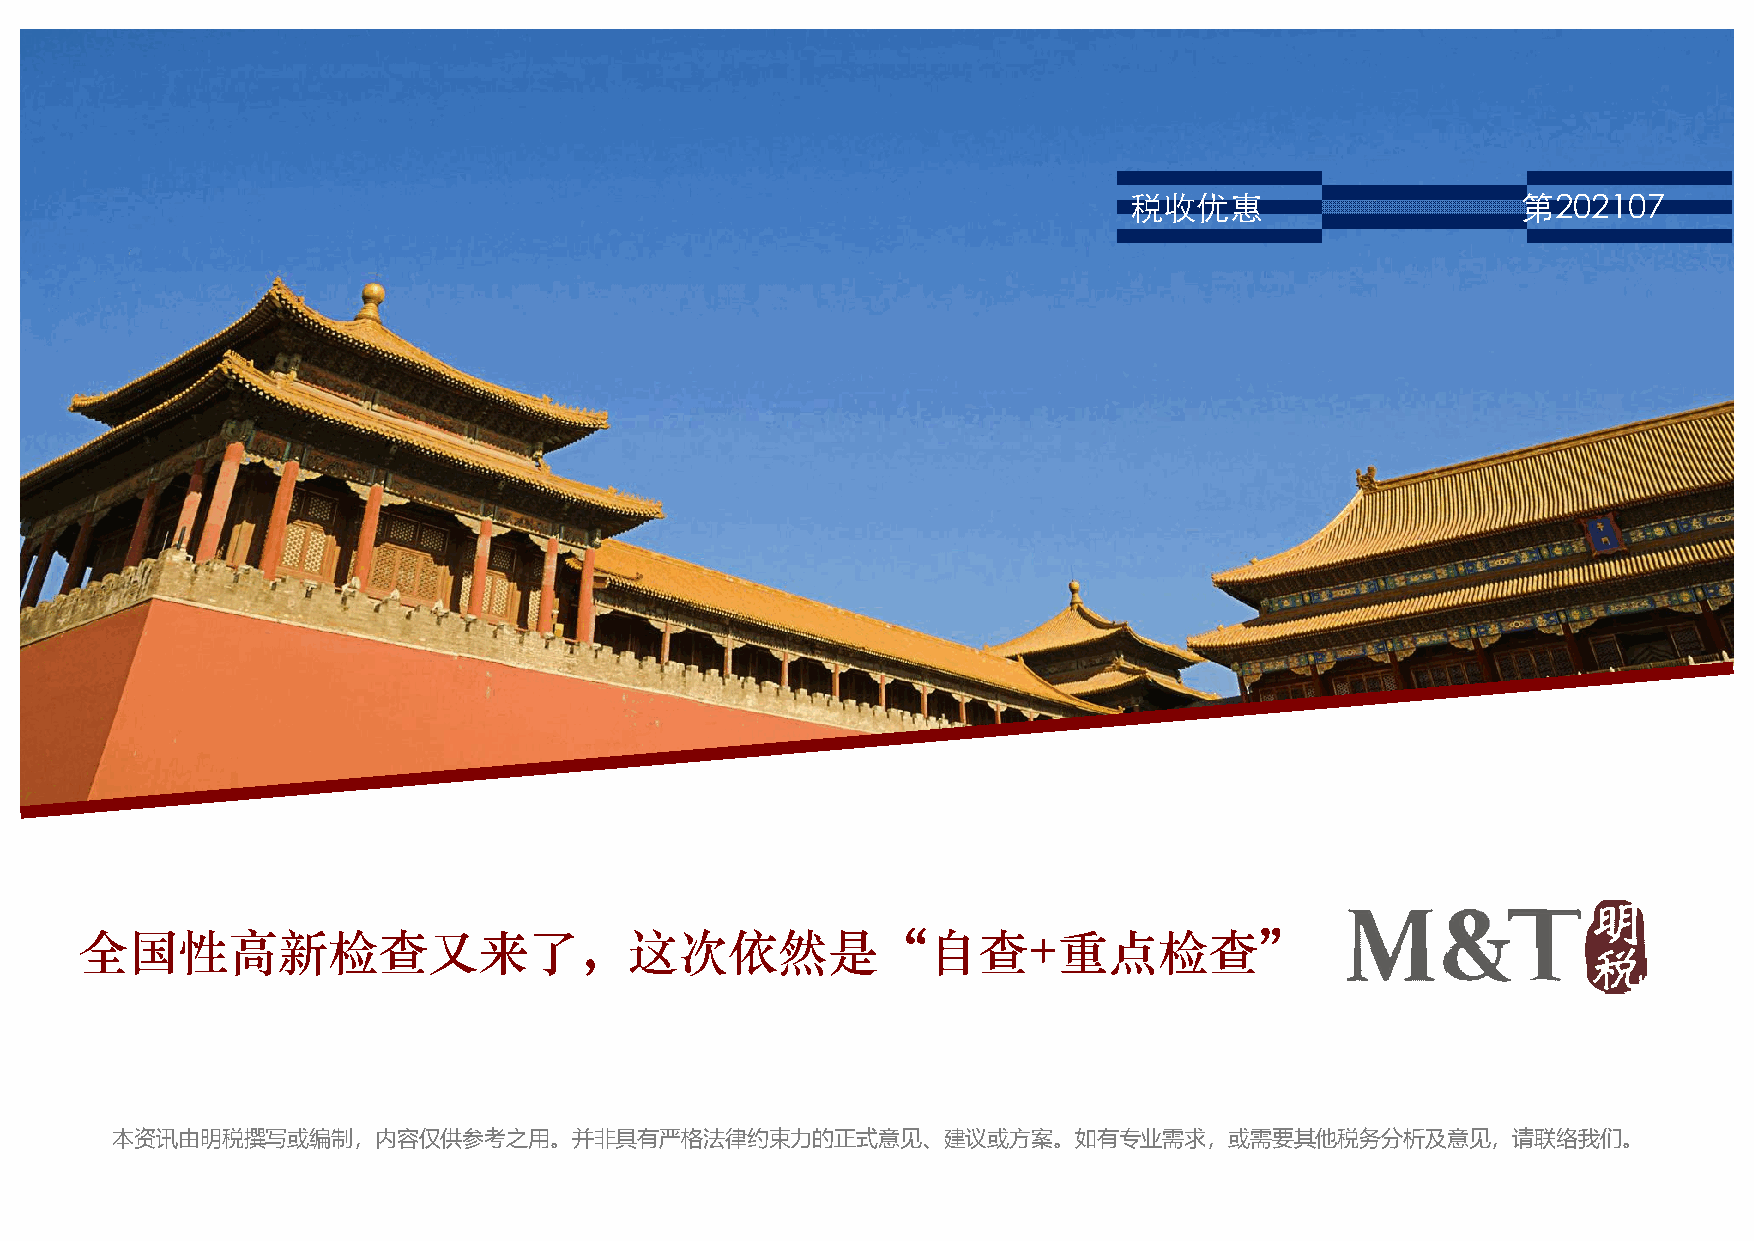
税收优惠                      第202107
 全国性高新检查又来了，这次依然是“自查+重点检查”
 本资讯由明税撰写或编制，内容仅供参考之用。并非具有严格法律约束力的正式意见、建议或方案。如有专业需求，或需要其他税务分析及意见，请联络我们。